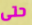
حتى